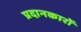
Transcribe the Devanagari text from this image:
प्रदानकारों